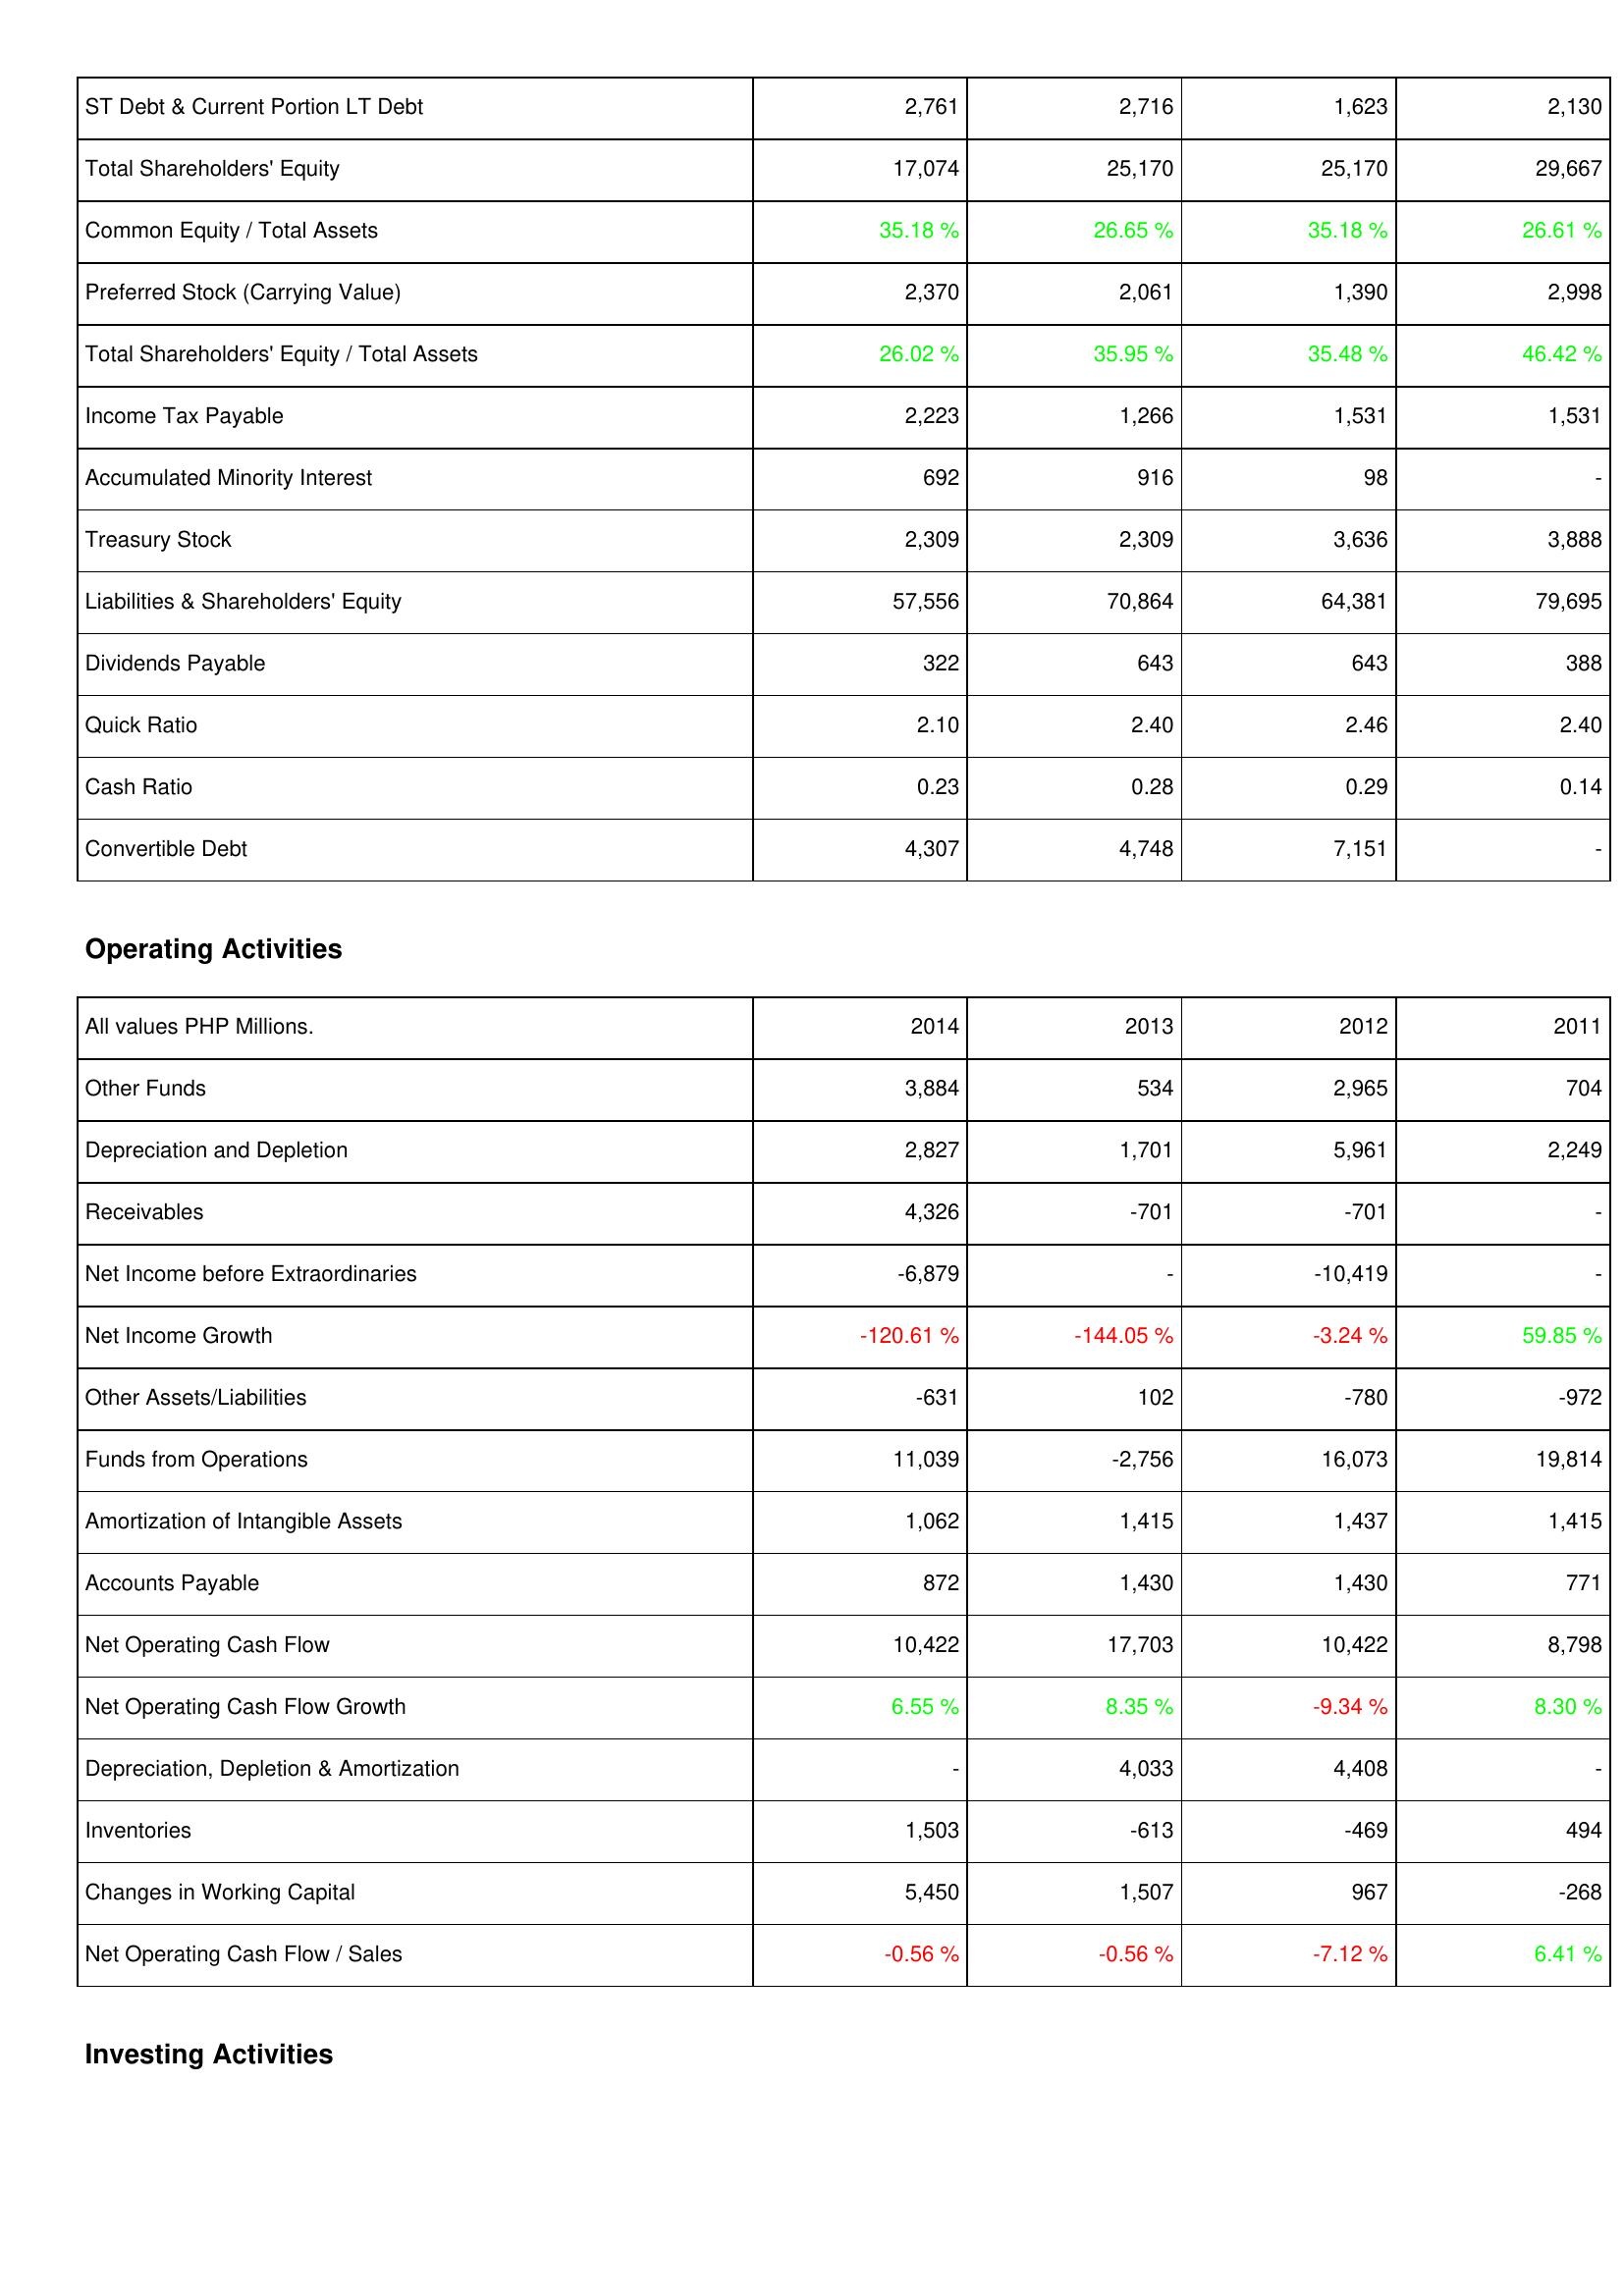
2014: Liabilities & Shareholders' Equity: ST Debt & Current Portion LT Debt: 2,761
Total Shareholders' Equity: 17,074
Common Equity / Total Assets: 35.18 %
Preferred Stock (Carrying Value): 2,370
Total Shareholders' Equity / Total Assets: 26.02 %
Income Tax Payable: 2,223
Accumulated Minority Interest: 692
Treasury Stock: 2,309
Liabilities & Shareholders' Equity: 57,556
Dividends Payable: 322
Quick Ratio: 2.10
Cash Ratio: 0.23
Convertible Debt: 4,307
Operating Activities: Other Funds: 3,884
Depreciation and Depletion: 2,827
Receivables: 4,326
Net Income before Extraordinaries: -6,879
Net Income Growth: -120.61 %
Other Assets/Liabilities: -631
Funds from Operations: 11,039
Amortization of Intangible Assets: 1,062
Accounts Payable: 872
Net Operating Cash Flow: 10,422
Net Operating Cash Flow Growth: 6.55 %
Depreciation, Depletion & Amortization: -
Inventories: 1,503
Changes in Working Capital: 5,450
Net Operating Cash Flow / Sales: -0.56 %
2013: Liabilities & Shareholders' Equity: ST Debt & Current Portion LT Debt: 2,716
Total Shareholders' Equity: 25,170
Common Equity / Total Assets: 26.65 %
Preferred Stock (Carrying Value): 2,061
Total Shareholders' Equity / Total Assets: 35.95 %
Income Tax Payable: 1,266
Accumulated Minority Interest: 916
Treasury Stock: 2,309
Liabilities & Shareholders' Equity: 70,864
Dividends Payable: 643
Quick Ratio: 2.40
Cash Ratio: 0.28
Convertible Debt: 4,748
Operating Activities: Other Funds: 534
Depreciation and Depletion: 1,701
Receivables: -701
Net Income before Extraordinaries: -
Net Income Growth: -144.05 %
Other Assets/Liabilities: 102
Funds from Operations: -2,756
Amortization of Intangible Assets: 1,415
Accounts Payable: 1,430
Net Operating Cash Flow: 17,703
Net Operating Cash Flow Growth: 8.35 %
Depreciation, Depletion & Amortization: 4,033
Inventories: -613
Changes in Working Capital: 1,507
Net Operating Cash Flow / Sales: -0.56 %
2012: Liabilities & Shareholders' Equity: ST Debt & Current Portion LT Debt: 1,623
Total Shareholders' Equity: 25,170
Common Equity / Total Assets: 35.18 %
Preferred Stock (Carrying Value): 1,390
Total Shareholders' Equity / Total Assets: 35.48 %
Income Tax Payable: 1,531
Accumulated Minority Interest: 98
Treasury Stock: 3,636
Liabilities & Shareholders' Equity: 64,381
Dividends Payable: 643
Quick Ratio: 2.46
Cash Ratio: 0.29
Convertible Debt: 7,151
Operating Activities: Other Funds: 2,965
Depreciation and Depletion: 5,961
Receivables: -701
Net Income before Extraordinaries: -10,419
Net Income Growth: -3.24 %
Other Assets/Liabilities: -780
Funds from Operations: 16,073
Amortization of Intangible Assets: 1,437
Accounts Payable: 1,430
Net Operating Cash Flow: 10,422
Net Operating Cash Flow Growth: -9.34 %
Depreciation, Depletion & Amortization: 4,408
Inventories: -469
Changes in Working Capital: 967
Net Operating Cash Flow / Sales: -7.12 %
2011: Liabilities & Shareholders' Equity: ST Debt & Current Portion LT Debt: 2,130
Total Shareholders' Equity: 29,667
Common Equity / Total Assets: 26.61 %
Preferred Stock (Carrying Value): 2,998
Total Shareholders' Equity / Total Assets: 46.42 %
Income Tax Payable: 1,531
Accumulated Minority Interest: -
Treasury Stock: 3,888
Liabilities & Shareholders' Equity: 79,695
Dividends Payable: 388
Quick Ratio: 2.40
Cash Ratio: 0.14
Convertible Debt: -
Operating Activities: Other Funds: 704
Depreciation and Depletion: 2,249
Receivables: -
Net Income before Extraordinaries: -
Net Income Growth: 59.85 %
Other Assets/Liabilities: -972
Funds from Operations: 19,814
Amortization of Intangible Assets: 1,415
Accounts Payable: 771
Net Operating Cash Flow: 8,798
Net Operating Cash Flow Growth: 8.30 %
Depreciation, Depletion & Amortization: -
Inventories: 494
Changes in Working Capital: -268
Net Operating Cash Flow / Sales: 6.41 %